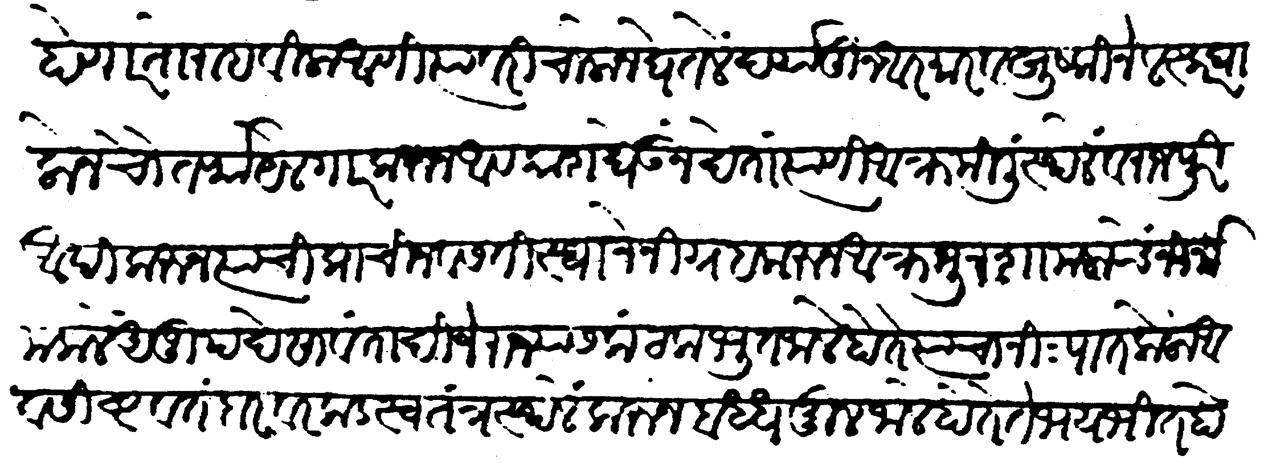
Transliteration (Devanagari): होणार तो राहविला आणि त्यावरी चालोन घेतलें दर्यांतून आरमार व सुष्कीने लस्कर घालोन चौतर्फा येलगार करुन आवकाश घेऊं न देतां त्याणी आक्रमिलीं स्थळे व राजपुरी आदिकरून त्याचीं प्राचीन वसतिस्थानें निग्रह करुन आक्रमून शामलांचे निर्नाम केलें अनुपदें सावंतादि जे राज्यास कंटकभूत जाले होते त्यांचा निःपात केला आवसिष्ट वतनदार वरकड स्वतंत्र स्थळें करुन बद्धमूल जाले होते ते भयभीत होऊन